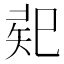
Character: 𢁄